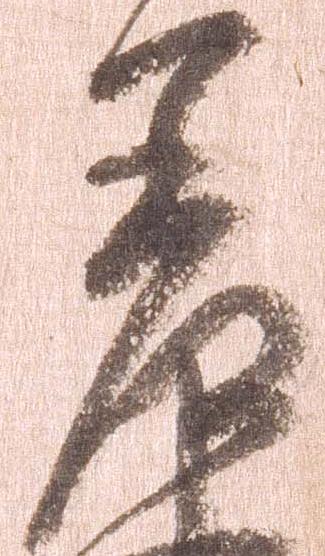
差